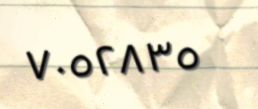
٧٠٥٢٨٣٥